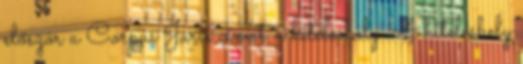
először a Corpus Juris címet. e hiteleshely A hiteleshely